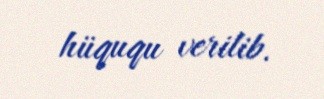
hüququ verilib.